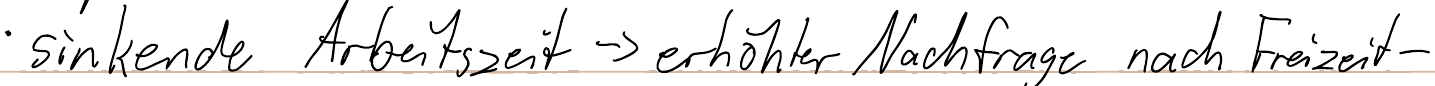
- sinkende Arbeitszeit -> erhöhter Nachfrage nach Freizeit-